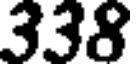
338